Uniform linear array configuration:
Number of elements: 32
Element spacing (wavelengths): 0.5
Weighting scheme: blackman
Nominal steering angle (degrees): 15
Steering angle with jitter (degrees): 16.534
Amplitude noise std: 0.05
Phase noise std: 0.05

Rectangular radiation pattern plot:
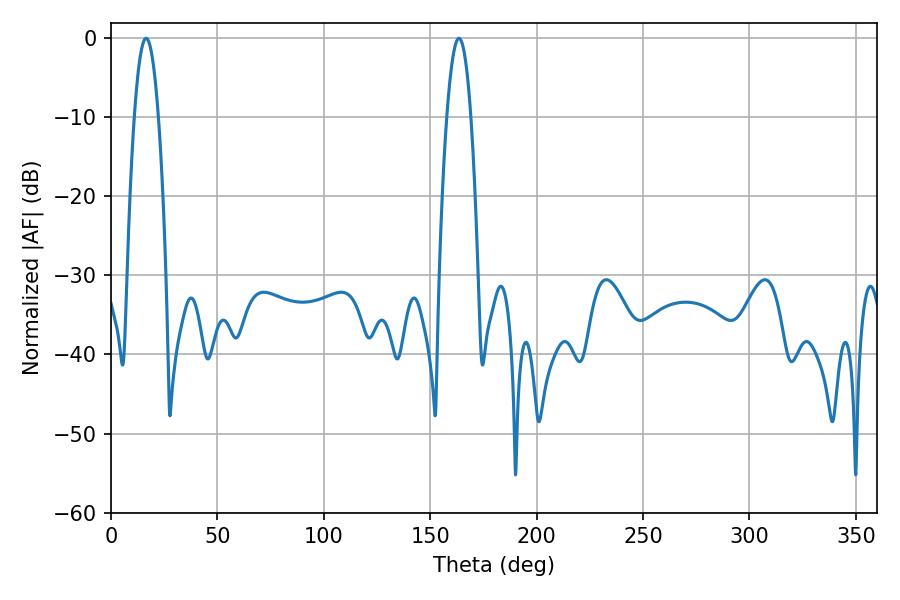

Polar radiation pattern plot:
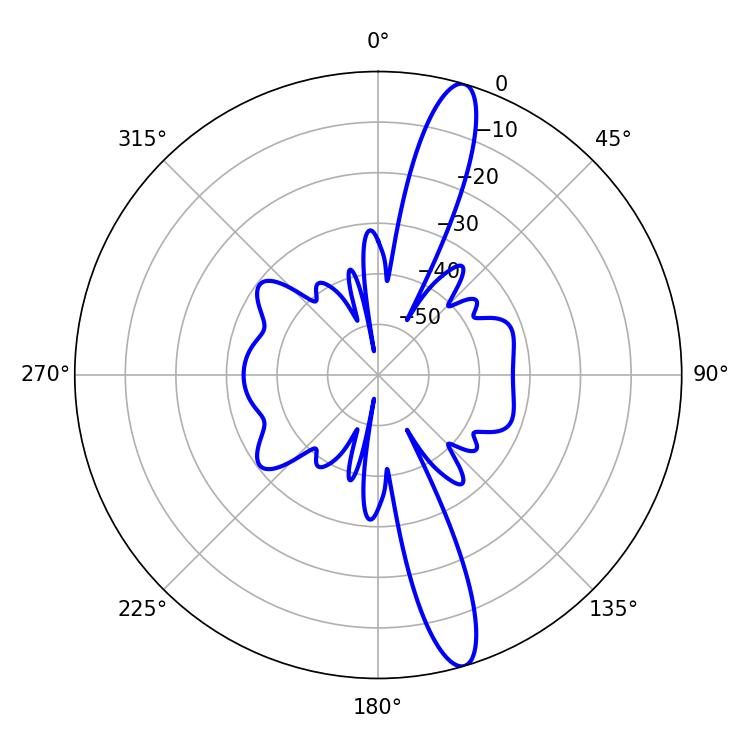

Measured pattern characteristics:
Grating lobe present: FALSE
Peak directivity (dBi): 14.775
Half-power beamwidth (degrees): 6.12
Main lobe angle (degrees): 16.56